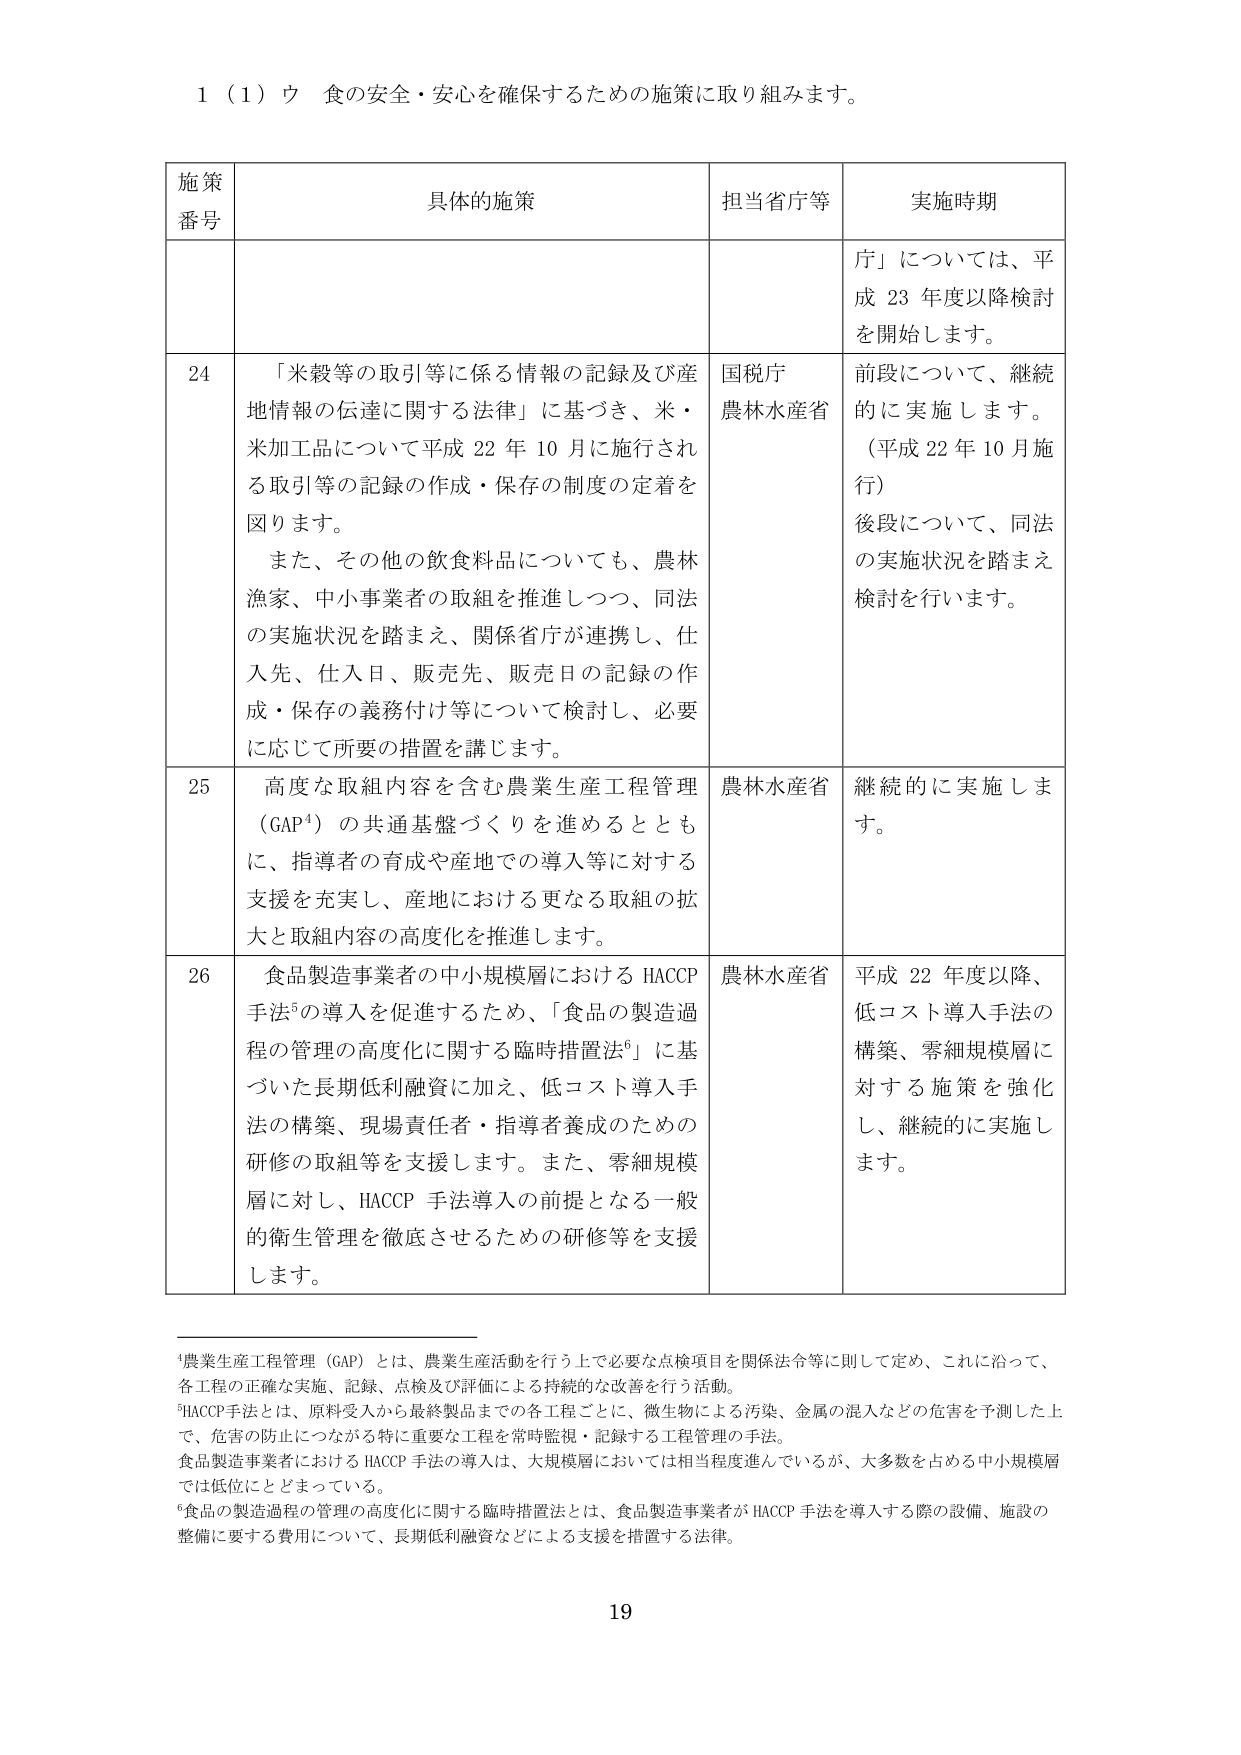
1（1）ウ 食の安全・安心を確保するための施策に取り組みます。

施策番号	具体的施策	担当省庁等	実施時期
		「」については、平成23年度以降検討を開始します。
24	「米穀等の取引等に係る情報の記録及び産地情報の伝達に関する法律」に基づき、米・米加工品について平成22年10月に施行される取引等の記録の作成・保存の制度の定着を図ります。また、その他の飲食料品についても、農林漁家、中小事業者の取組を推進しつつ、同法の実施状況を踏まえ、関係省庁が連携し、仕入先、仕入日、販売先、販売日の記録の作成・保存の義務付け等について検討し、必要に応じて所要の措置を講じます。	国税庁農林水産省	前段について、継続的に実施します。（平成22年10月施行）後段について、同法の実施状況を踏まえ検討を行います。
25	高度な取組内容を含む農業生産工程管理（GAP⁴）の共通基盤づくりを進めるとともに、指導者の育成や産地での導入等に対する支援を充実し、産地における更なる取組の拡大と取組内容の高度化を推進します。	農林水産省	継続的に実施します。
26	食品製造事業者の中小規模層におけるHACCP手法⁵の導入を促進するため、「食品の製造過程の管理の高度化に関する臨時措置法⁶」に基づいた長期低利融資に加え、低コスト導入手法の構築、現場責任者・指導者養成のための研修の取組等を支援します。また、零細規模層に対し、HACCP手法導入の前提となる一般的衛生管理を徹底させるための研修等を支援します。	農林水産省	平成22年度以降、低コスト導入手法の構築、零細規模層に対する施策を強化し、継続的に実施します。

⁴農業生産工程管理（GAP）とは、農業生産活動を行う上で必要な点検項目を関係法令等に則して定め、これに沿って、各工程の正確な実施、記録、点検及び評価による持続的な改善を行う活動。
⁵HACCP手法とは、原料受入から最終製品までの各工程ごとに、微生物による汚染、金属の混入などの危害を予測した上で、危害の防止につながる特に重要な工程を常時監視・記録する工程管理の手法。食品製造事業者におけるHACCP手法の導入は、大規模層においては相当程度進んでいるが、大多数を占める中小規模層では低位にとどまっている。
⁶食品の製造過程の管理の高度化に関する臨時措置法とは、食品製造事業者がHACCP手法を導入する際の設備、施設の整備に要する費用について、長期低利融資などによる支援を措置する法律。

19